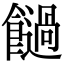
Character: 𩟂